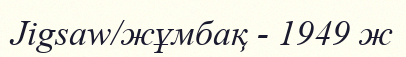
Jigsaw/жұмбақ - 1949 ж